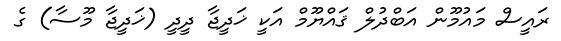
ރައީސް މައުމޫން އަބްދުލް ޤައްޔޫމް އަކީ ޚަދީޖާ ދީދީ (ޚަދީޖާ މޫސާ) ގެ